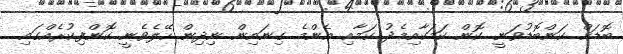
ބޮޑަށް ކަންބޮޑުވަނީ ކޮން ކަމަކާއިމެދު ކަމާއި އެންމެ ގިނައިން ނިދިން ހޭލެވެނީ ކޮންފިކުރެއްގައި